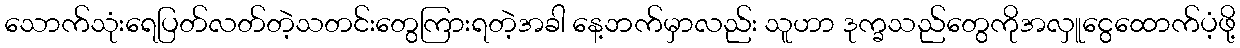
သောက်သုံးရေပြတ်လတ်တဲ့သတင်းတွေကြားရတဲ့အခါ နေ့ဘက်မှာလည်း သူဟာ ဒုက္ခသည်တွေကိုအလှူငွေထောက်ပံ့ဖို့